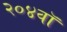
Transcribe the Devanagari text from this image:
२०४वॉ